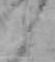
と